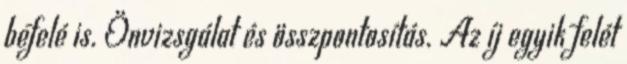
befelé is. Önvizsgálat és összpontosítás. Az íj egyik felét